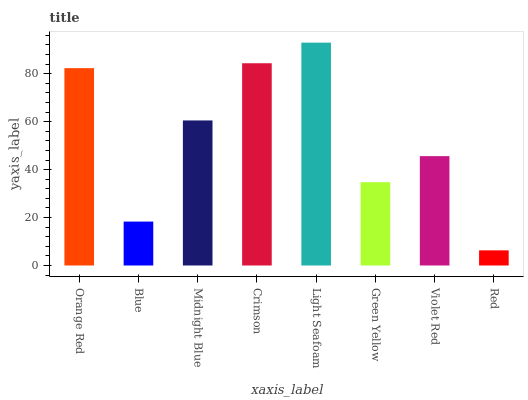
| xaxis_label | bars |
 | --- | --- |
 | Orange Red | 82.3 |
 | Blue | 18.3 |
 | Midnight Blue | 60.5 |
 | Crimson | 84.4 |
 | Light Seafoam | 93 |
 | Green Yellow | 34.8 |
 | Violet Red | 45.6 |
 | Red | 6.32 |